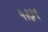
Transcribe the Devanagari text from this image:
५१३९